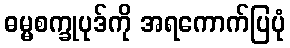
ဓမ္မစက္ခုပုဒ်ကို အရကောက်ပြပုံ